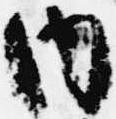
内